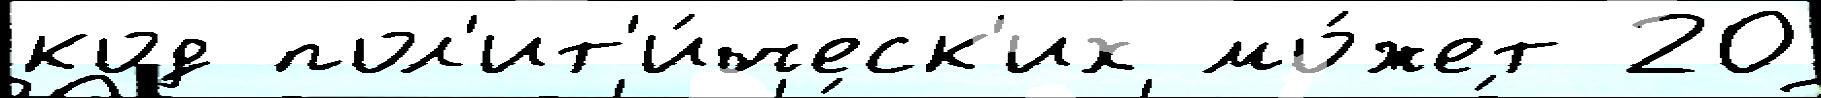
код пол'ит'и́ческ'их мо́жет 20